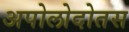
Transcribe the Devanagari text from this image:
अपोलोदोतस